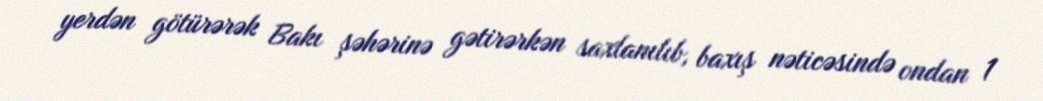
yerdən götürərək Bakı şəhərinə gətirərkən saxlanılıb, baxış nəticəsində ondan 1